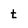
Character: t